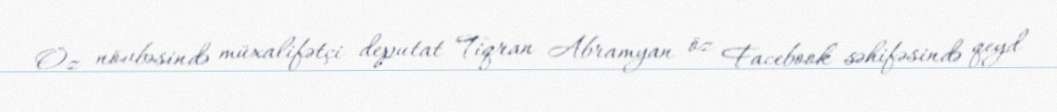
Öz növbəsində müxalifətçi deputat Tiqran Abramyan öz Facebook səhifəsində qeyd